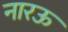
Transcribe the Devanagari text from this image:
नारऊ